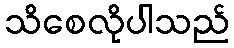
သိစေလိုပါသည်